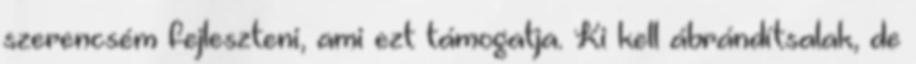
szerencsém fejleszteni, ami ezt támogatja. Ki kell ábrándítsalak, de